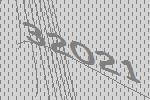
32021